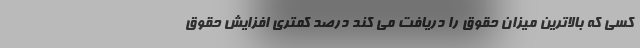
کسی که بالاترین میزان حقوق را دریافت می کند درصد کمتری افزایش حقوق